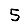
Digit: 5